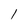
Character: 1